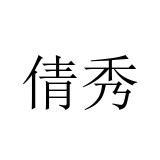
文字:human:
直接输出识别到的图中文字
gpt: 倩秀